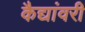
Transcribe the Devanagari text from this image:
कैद्यांवरी